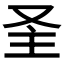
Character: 𱑳